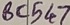
Text: BC547